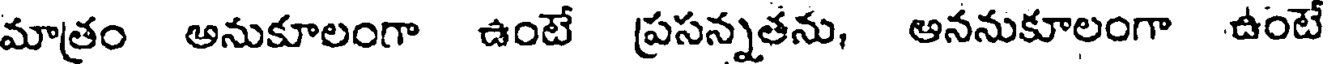
మాత్రం అనుకూలంగా ఉంటే ప్రసన్నతను, అననుకూలంగా ఉంటే